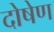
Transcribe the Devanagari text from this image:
दोषेण